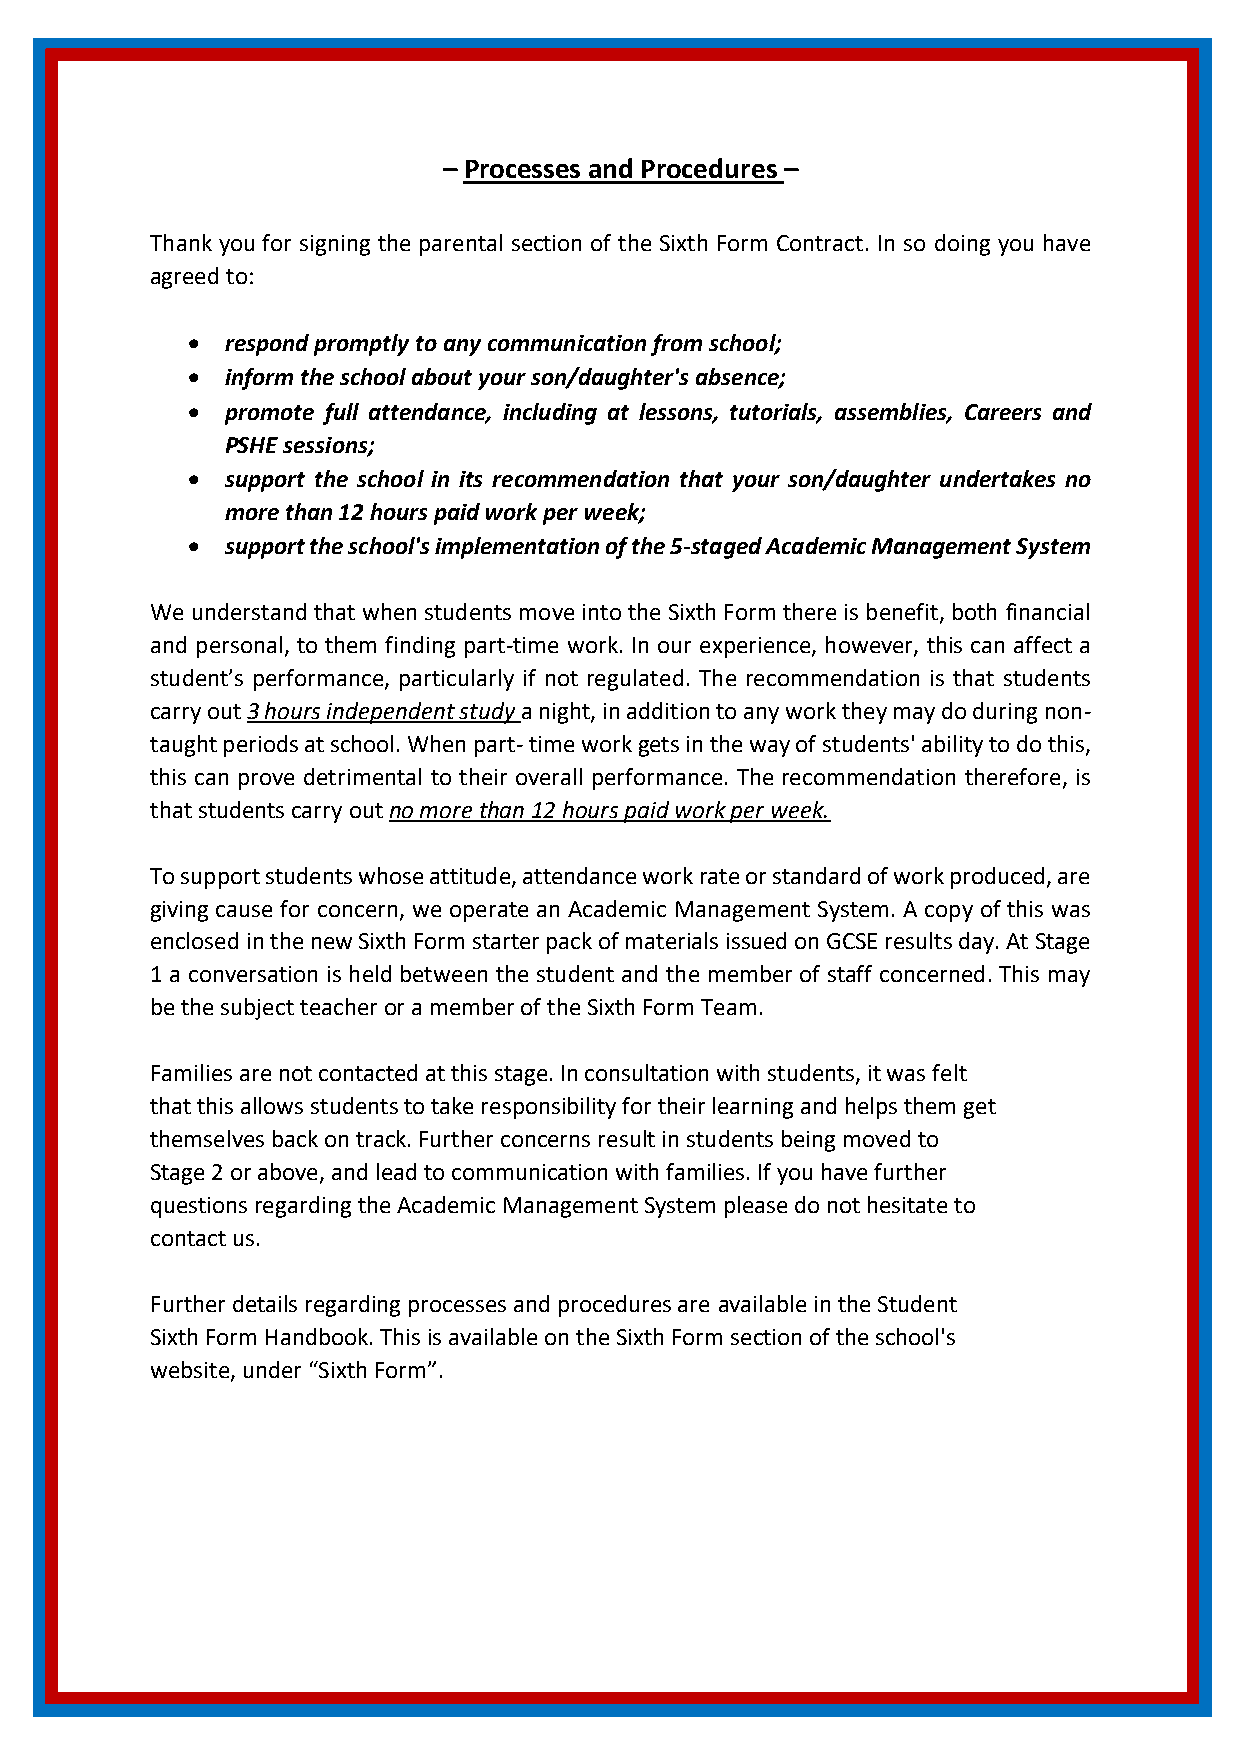
– Processes and Procedures –
 Thank you for signing the parental section of the Sixth Form Contract. In so doing you have
 agreed to:
   respond promptly to any communication from school;
   inform the school about your son/daughter's absence;
   promote full attendance, including at lessons, tutorials, assemblies, Careers and
 PSHE sessions;
   support the school in its recommendation that your son/daughter undertakes no
 more than 12 hours paid work per week;
   support the school's implementation of the 5-staged Academic Management System
 We understand that when students move into the Sixth Form there is benefit, both financial
 and personal, to them finding part-time work. In our experience, however, this can affect a
 student’s performance, particularly if not regulated. The recommendation is that students
 carry out 3 hours independent study a night, in addition to any work they may do during non-
 taught periods at school. When part- time work gets in the way of students' ability to do this,
 this can prove detrimental to their overall performance. The recommendation therefore, is
 that students carry out no more than 12 hours paid work per week.
 To support students whose attitude, attendance work rate or standard of work produced, are
 giving cause for concern, we operate an Academic Management System. A copy of this was
 enclosed in the new Sixth Form starter pack of materials issued on GCSE results day. At Stage
 1 a conversation is held between the student and the member of staff concerned. This may
 be the subject teacher or a member of the Sixth Form Team.
 Families are not contacted at this stage. In consultation with students, it was felt
 that this allows students to take responsibility for their learning and helps them get
 themselves back on track. Further concerns result in students being moved to
 Stage 2 or above, and lead to communication with families. If you have further
 questions regarding the Academic Management System please do not hesitate to
 contact us.
 Further details regarding processes and procedures are available in the Student
 Sixth Form Handbook. This is available on the Sixth Form section of the school's
 website, under “Sixth Form”.